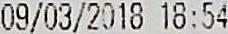
09/03/2018 18:54